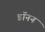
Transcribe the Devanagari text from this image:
डॉनन